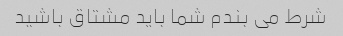
شرط می بندم شما باید مشتاق باشید